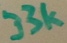
Text: 33k